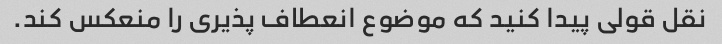
نقل قولی پیدا کنید که موضوع انعطاف پذیری را منعکس کند.